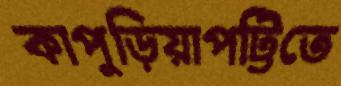
কাপুড়িয়াপট্টিতে